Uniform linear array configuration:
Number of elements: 48
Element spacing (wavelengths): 0.25
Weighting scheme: hamming
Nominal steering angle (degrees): -15
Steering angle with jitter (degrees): -15.714
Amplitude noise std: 0.05
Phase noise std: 0.05

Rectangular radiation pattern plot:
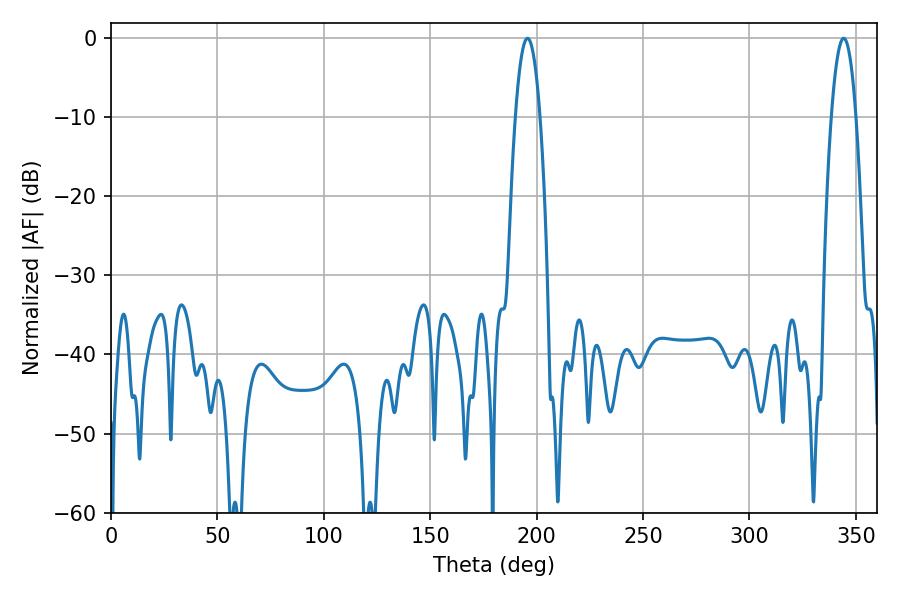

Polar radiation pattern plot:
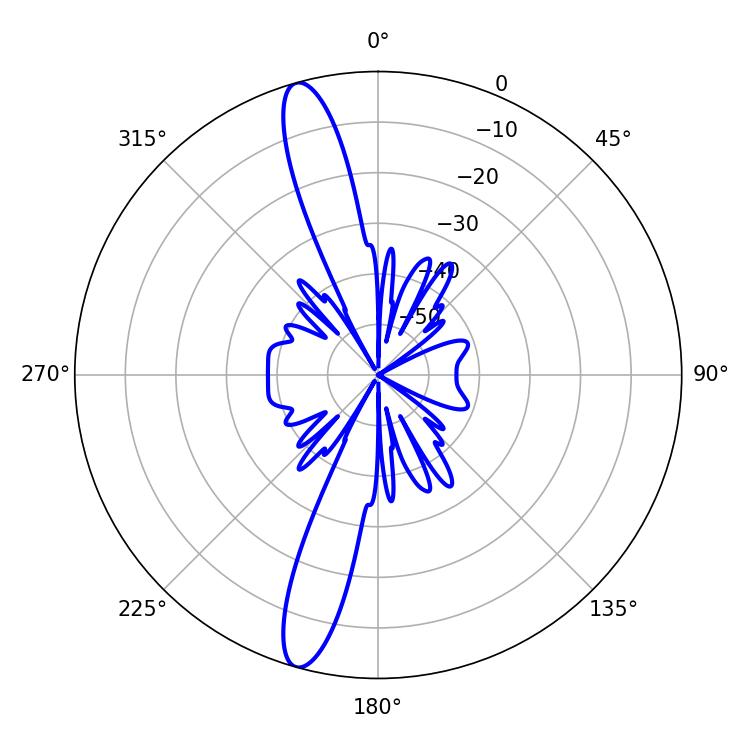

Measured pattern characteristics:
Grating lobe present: FALSE
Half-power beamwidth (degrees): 6.3
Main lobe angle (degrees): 195.66